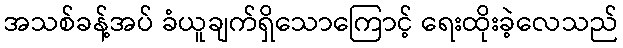
အသစ်ခန့်အပ် ခံယူချက်ရှိသောကြောင့် ရေးထိုးခဲ့လေသည်